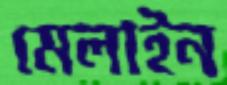
মেলাইন